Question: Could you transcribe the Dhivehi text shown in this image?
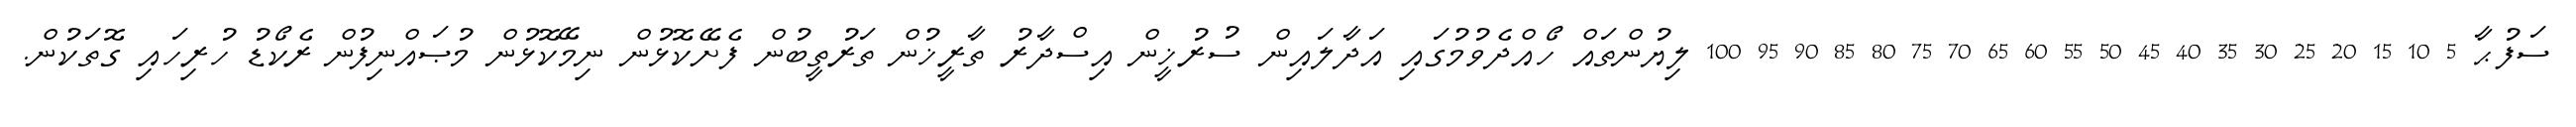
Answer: ސަފުޙާ 5 10 15 20 25 30 35 40 45 50 55 60 65 70 75 80 85 90 95 100 ލިޔުންތައް ހޯއްދެވުމުގައި އަދާލައިން ސުރުޚީން އިސްދާރު ތާރީޚުން ތަރުތީބުން ފެށޭކޮޅުން ނިމޭކޮޅުން މުޞައްނިފުން ރެކޯޑު ހުރިހައި ގޮތަކުން.